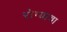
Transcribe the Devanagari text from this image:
रोग्याचा